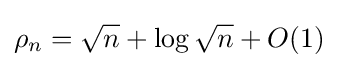
\rho _{n}={\sqrt {n}}+\log {\sqrt {n}}+O(1)